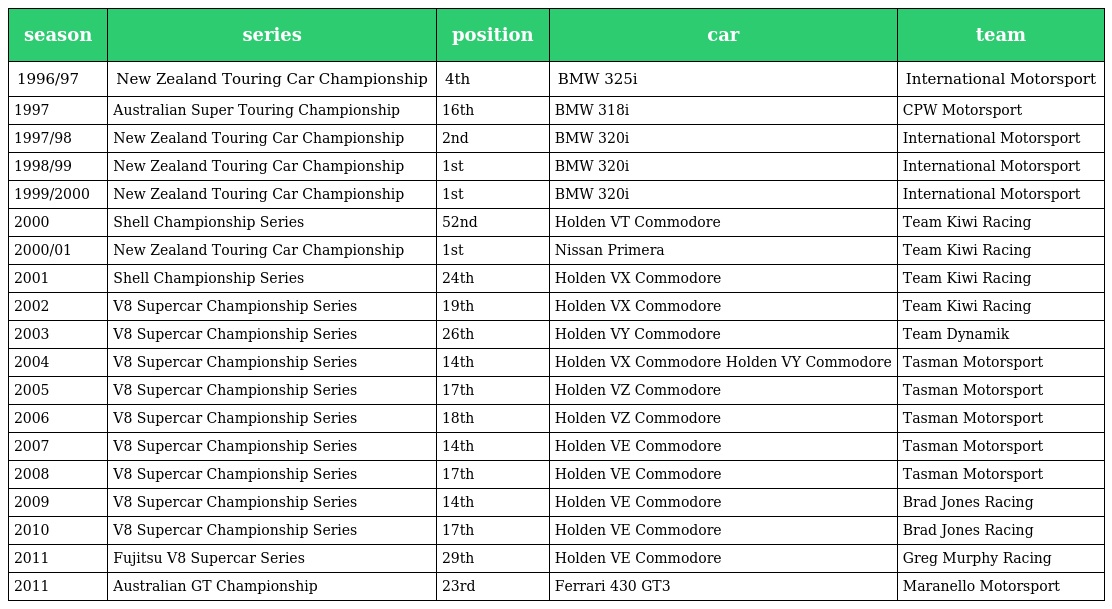
| season | series | position | car | team |
 | --- | --- | --- | --- | --- |
 | 1996/97 | New Zealand Touring Car Championship | 4th | BMW 325i | International Motorsport |
 | 1997 | Australian Super Touring Championship | 16th | BMW 318i | CPW Motorsport |
 | 1997/98 | New Zealand Touring Car Championship | 2nd | BMW 320i | International Motorsport |
 | 1998/99 | New Zealand Touring Car Championship | 1st | BMW 320i | International Motorsport |
 | 1999/2000 | New Zealand Touring Car Championship | 1st | BMW 320i | International Motorsport |
 | 2000 | Shell Championship Series | 52nd | Holden VT Commodore | Team Kiwi Racing |
 | 2000/01 | New Zealand Touring Car Championship | 1st | Nissan Primera | Team Kiwi Racing |
 | 2001 | Shell Championship Series | 24th | Holden VX Commodore | Team Kiwi Racing |
 | 2002 | V8 Supercar Championship Series | 19th | Holden VX Commodore | Team Kiwi Racing |
 | 2003 | V8 Supercar Championship Series | 26th | Holden VY Commodore | Team Dynamik |
 | 2004 | V8 Supercar Championship Series | 14th | Holden VX Commodore Holden VY Commodore | Tasman Motorsport |
 | 2005 | V8 Supercar Championship Series | 17th | Holden VZ Commodore | Tasman Motorsport |
 | 2006 | V8 Supercar Championship Series | 18th | Holden VZ Commodore | Tasman Motorsport |
 | 2007 | V8 Supercar Championship Series | 14th | Holden VE Commodore | Tasman Motorsport |
 | 2008 | V8 Supercar Championship Series | 17th | Holden VE Commodore | Tasman Motorsport |
 | 2009 | V8 Supercar Championship Series | 14th | Holden VE Commodore | Brad Jones Racing |
 | 2010 | V8 Supercar Championship Series | 17th | Holden VE Commodore | Brad Jones Racing |
 | 2011 | Fujitsu V8 Supercar Series | 29th | Holden VE Commodore | Greg Murphy Racing |
 | 2011 | Australian GT Championship | 23rd | Ferrari 430 GT3 | Maranello Motorsport |